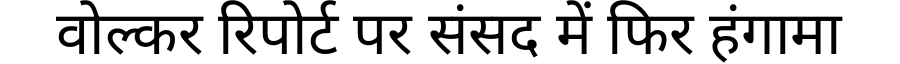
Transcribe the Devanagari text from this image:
वोल्कर रिपोर्ट पर संसद में फिर हंगामा